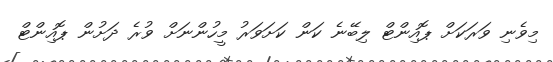
މިވެނި ވަރަކަށް ޕޮއިންޓް ލިބޭނެ ކަން ކަށަވަރު މީހުންނަށް ވުރެ ދަށުން ޕޮއިންޓް